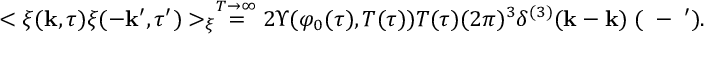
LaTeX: < \xi ( { \bf k } , \tau ) \xi ( - { \bf k } ^ { \prime } , \tau ^ { \prime } ) > _ { \xi } \stackrel { T \rightarrow \infty } { = } 2 \Upsilon ( \varphi _ { 0 } ( \tau ) , T ( \tau ) ) T ( \tau ) ( 2 \pi ) ^ { 3 } \delta ^ { ( 3 ) } ( \bf { k } - \bf { k } ) \delta ( \tau - \tau ^ { \prime } ) .